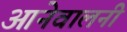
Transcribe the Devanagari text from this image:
आनेवालनी